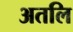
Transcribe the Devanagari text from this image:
अतलि